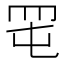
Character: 𦊉